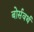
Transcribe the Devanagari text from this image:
बोर्सवर्थ